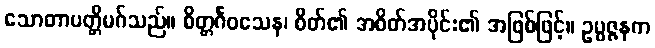
သောတာပတ္တိမဂ်သည်။ စိတ္တင်္ဂဝသေန၊ စိတ်၏ အစိတ်အပိုင်း၏ အဖြစ်ဖြင့်။ ဥပ္ပဇ္ဇနက